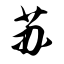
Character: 苏